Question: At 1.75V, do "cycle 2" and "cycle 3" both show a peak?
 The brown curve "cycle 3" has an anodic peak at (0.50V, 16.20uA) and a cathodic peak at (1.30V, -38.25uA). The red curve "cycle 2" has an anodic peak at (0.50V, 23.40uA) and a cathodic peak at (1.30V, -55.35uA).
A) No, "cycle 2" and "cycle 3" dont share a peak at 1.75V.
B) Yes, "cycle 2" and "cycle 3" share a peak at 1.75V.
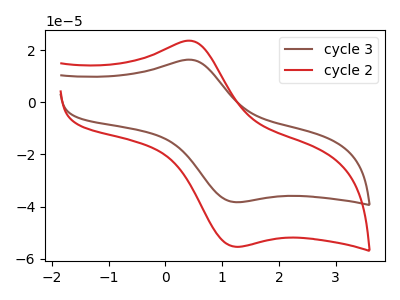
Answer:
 <answer>A) No, "cycle 2" and "cycle 3" dont share a peak at 1.75V.</answer>
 <eval>A</eval>